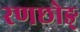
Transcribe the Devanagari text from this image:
रणछोङ्